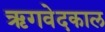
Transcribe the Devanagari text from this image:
ऋगवेदकाल